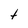
Character: t